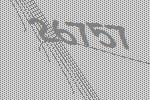
26757